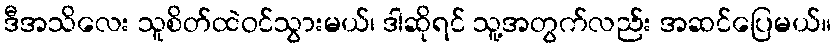
ဒီအသိလေး သူစိတ်ထဲဝင်သွားမယ်၊ ဒါဆိုရင် သူ့အတွက်လည်း အဆင်ပြေမယ်။